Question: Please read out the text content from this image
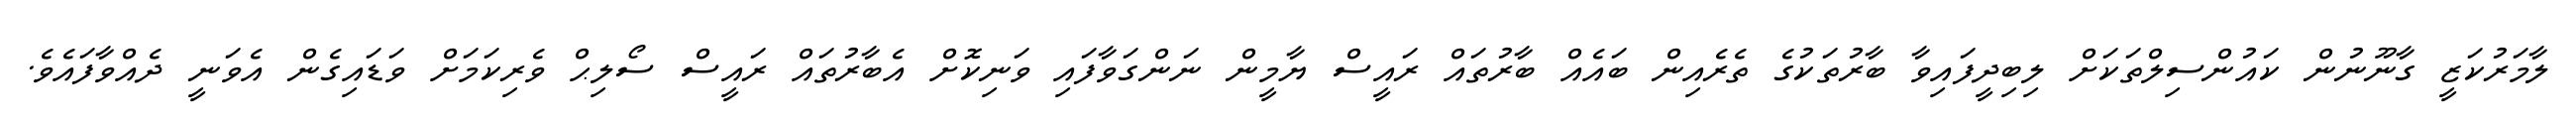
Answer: ލާމަރުކަޒީ ގާނޫނުން ކައުންސިލްތަކަށް ލިބިދީފައިވާ ބާރުތަކުގެ ތެރެއިން ބައެއް ބާރުތައް ރައީސް ޔާމީން ނަންގަވާފައި ވަނިކޮށް އެބާރުތައް ރައީސް ސޯލިޙް ވެރިކަމަށް ވަޑައިގެން އެވަނީ ދެއްވާފައެވެ.